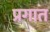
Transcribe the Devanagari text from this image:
प्रगात